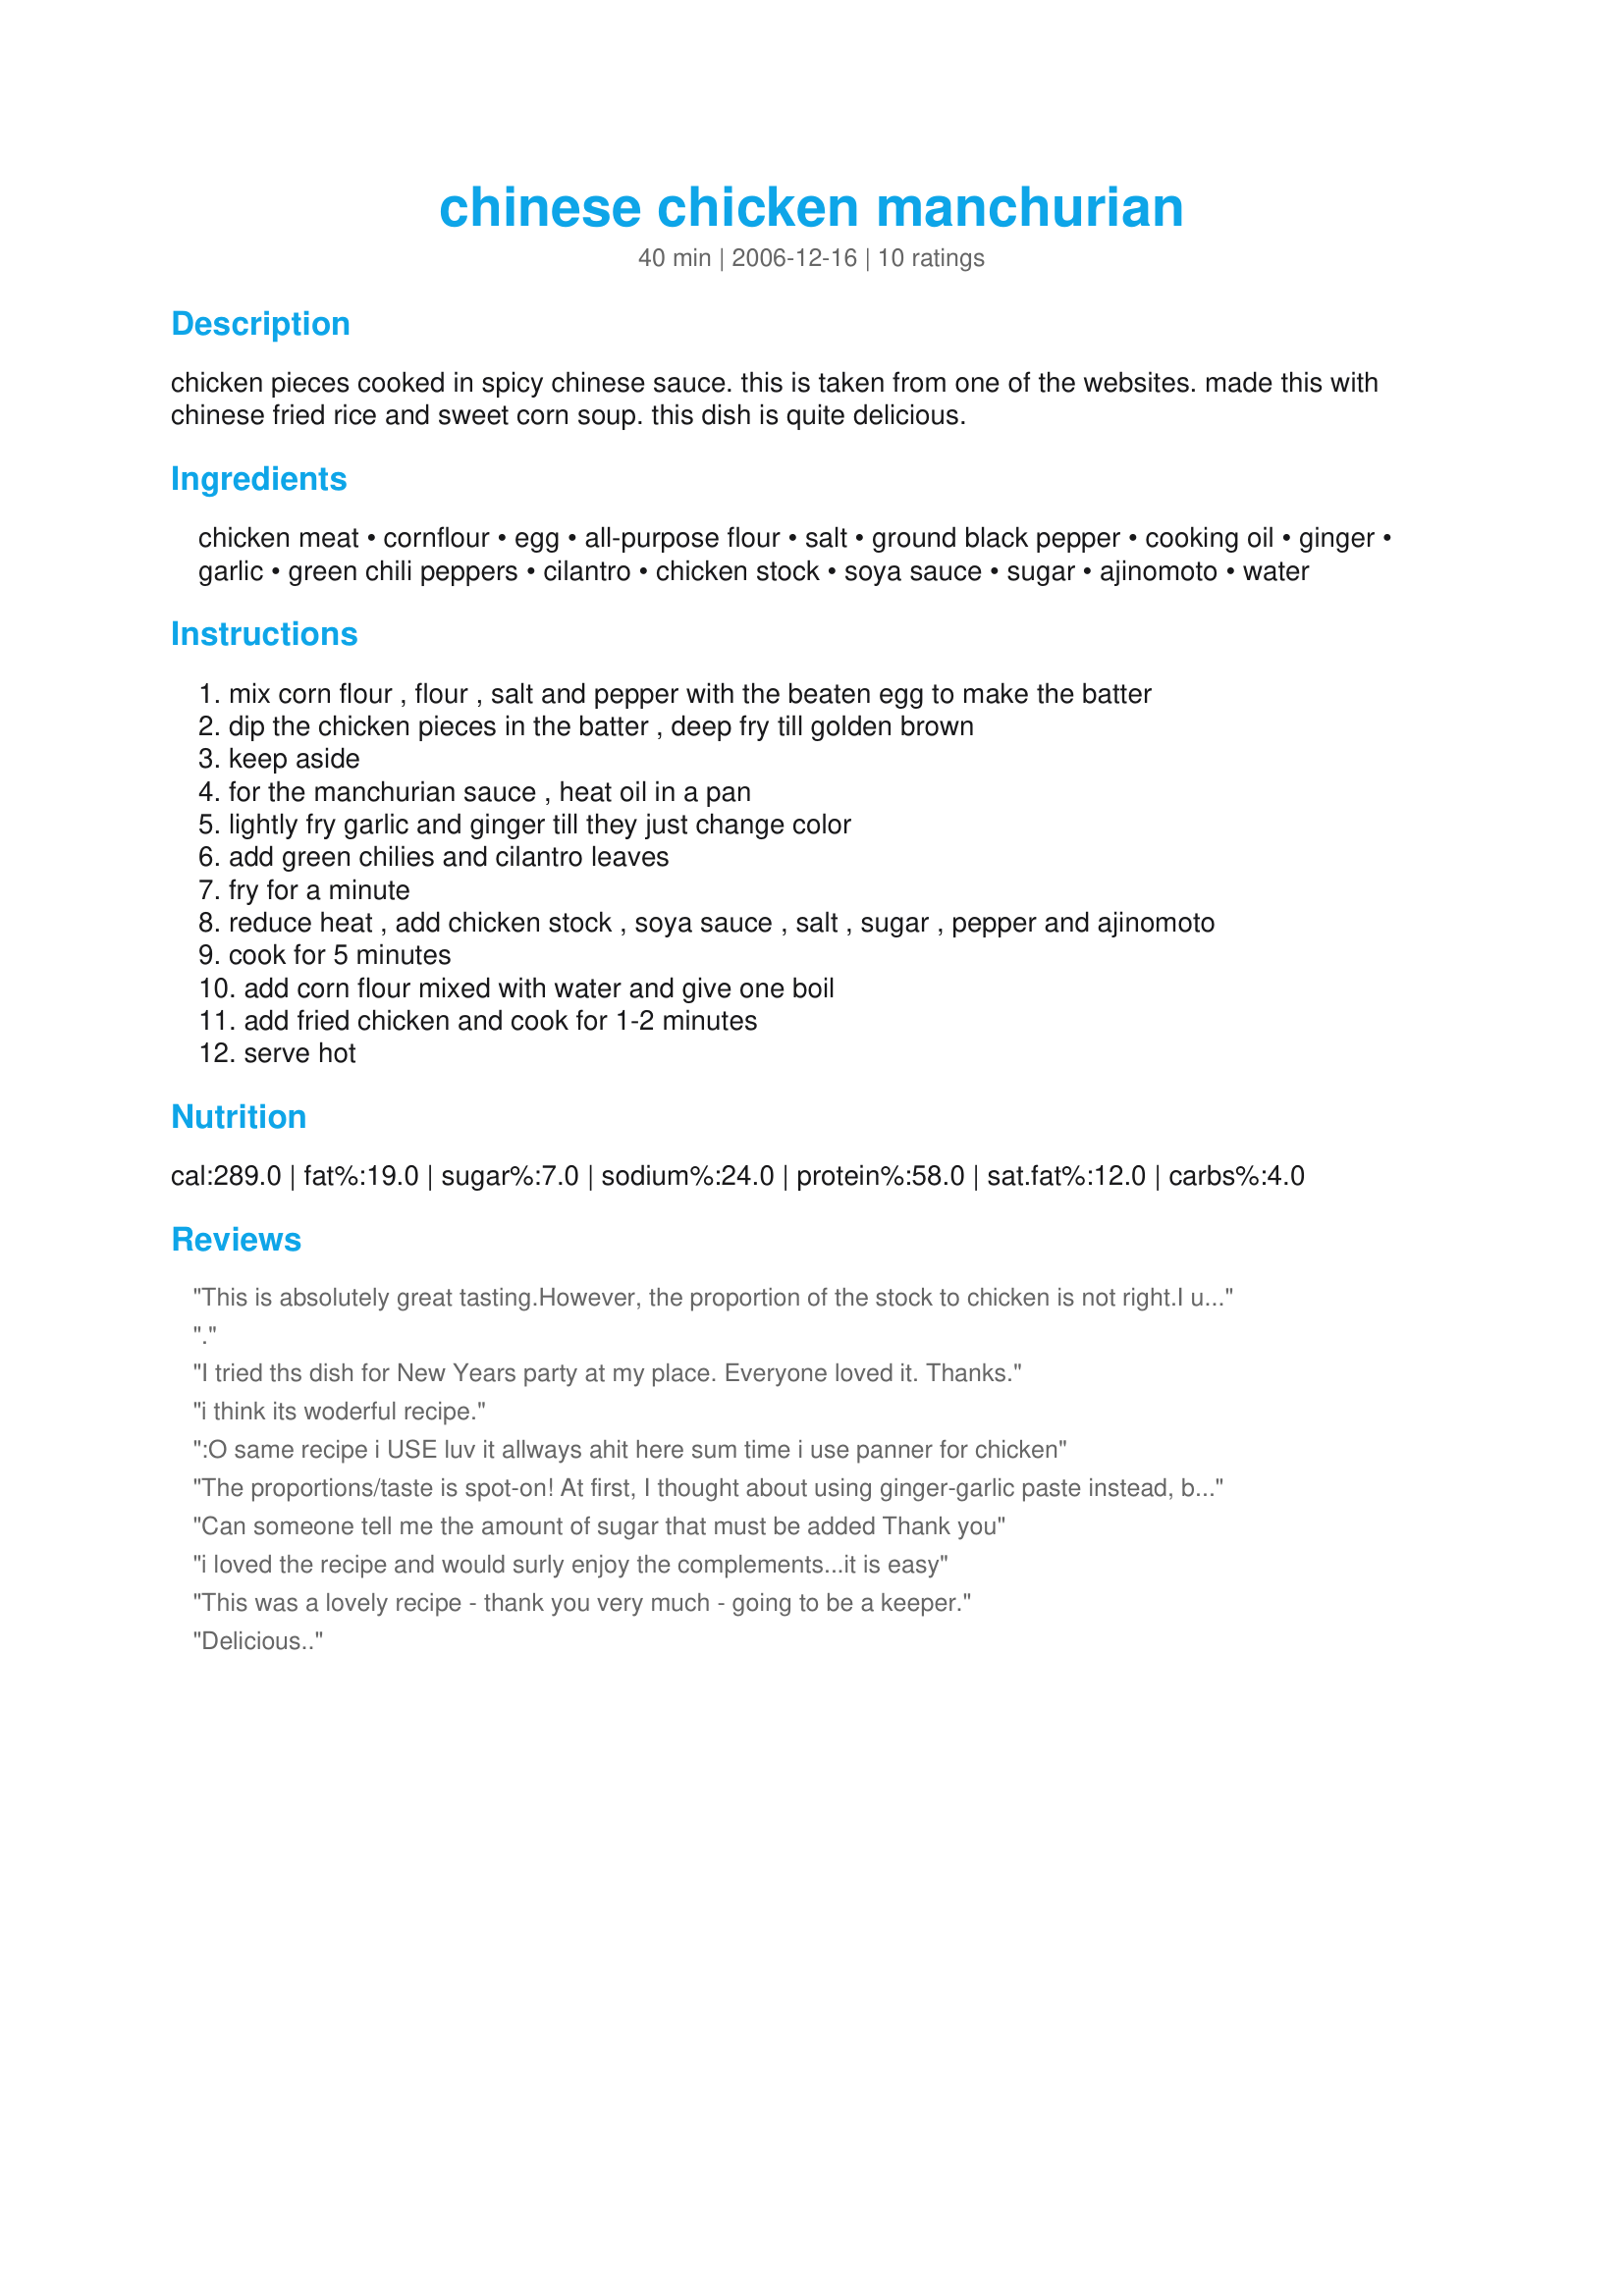
chinese chicken manchurian
Preparation time: 40 minutes

chicken pieces cooked in spicy chinese sauce. this is taken from one of the websites. made this with chinese fried rice and sweet corn soup. this dish is quite delicious.

Ingredients:
chicken meat, cornflour, egg, all-purpose flour, salt, ground black pepper, cooking oil, ginger, garlic, green chili peppers, cilantro, chicken stock, soya sauce, sugar, ajinomoto, water

Steps:
mix corn flour , flour , salt and pepper with the beaten egg to make the batter
dip the chicken pieces in the batter , deep fry till golden brown
keep aside
for the manchurian sauce , heat oil in a pan
lightly fry garlic and ginger till they just change color
add green chilies and cilantro leaves
fry for a minute
reduce heat , add chicken stock , soya sauce , salt , sugar , pepper and ajinomoto
cook for 5 minutes
add corn flour mixed with water and give one boil
add fried chicken and cook for 1-2 minutes
serve hot

Reviews:
This is absolutely great tasting.However, the proportion of the stock to chicken is not right.I used three cups of stock to 3/4 kg chicken and doubled the salt, black pepper, sugar, ajinimoto and sugar.With the current proportions, the manchurian will not be saucy.The gravy will be cluttered with chcken pieces.Manchurian has to be of a moderately runny consistency.Recipie wise this is a prize winner.My husband licked away the whole bowl.
.
I tried ths dish for New Years party at my place. Everyone loved it. Thanks.
i think its woderful recipe.
:O same recipe i USE luv it allways ahit here sum time i use panner for chicken
The proportions/taste is spot-on! At first, I thought about using ginger-garlic paste instead, but very glad I used fresh. I didn't have any cilantro, so I chopped some scallions for color. Thank you!
Can someone tell me the amount of sugar that must be added Thank you
i loved the recipe and would surly enjoy the complements...it is easy
This was a lovely recipe - thank you very much - going to be a keeper.
Delicious..
